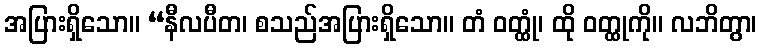
အပြားရှိသော။ “နီလပီတ၊ စသည်အပြားရှိသော။ တံ ဝတ္ထုံ၊ ထို ဝတ္ထုကို။ လဘိတွာ၊